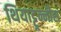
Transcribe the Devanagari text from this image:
थियाट्टून्नीस